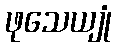
ဖုသေယျုံ